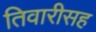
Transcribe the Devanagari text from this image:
तिवारीसह